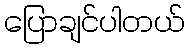
ပြောချင်ပါတယ်